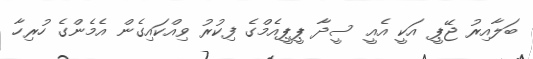
ބަލާއިރު ޖޭޕީ އަކީ އެއީ ސީދާ ޕީޕީއެމްގެ ފިކުރު ވިއްކައިގެން އެމެންގެ ހުރިހާ